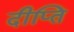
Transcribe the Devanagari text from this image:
दीप्‍ति